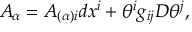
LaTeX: { \cal A } _ { \alpha } = A _ { ( \alpha ) i } d x ^ { i } + \theta ^ { i } g _ { i j } D \theta ^ { j } ,